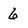
Character: 6